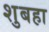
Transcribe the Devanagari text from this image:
शुबहा